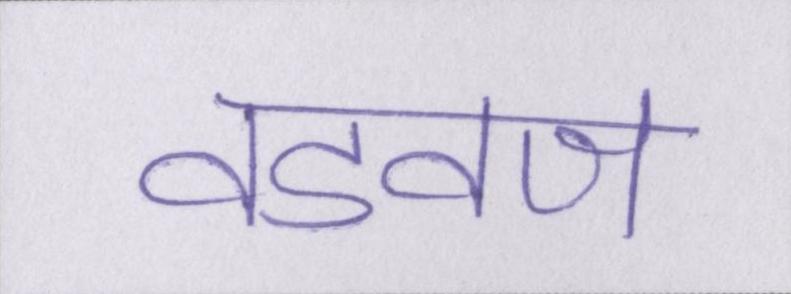
वडवज